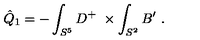
\hat { Q } _ { 1 } = - \int _ { S ^ { 5 } } D ^ { + } \ \times \int _ { S ^ { 2 } } B ^ { \prime } \ .